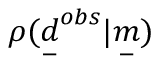
\rho ( \underset { - } { d } ^ { o b s } | \underset { - } { m } )